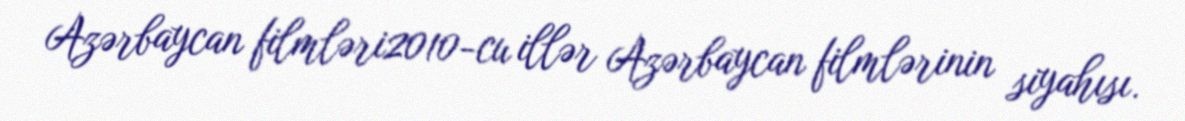
Azərbaycan filmləri2010-cu illər Azərbaycan filmlərinin siyahısı.